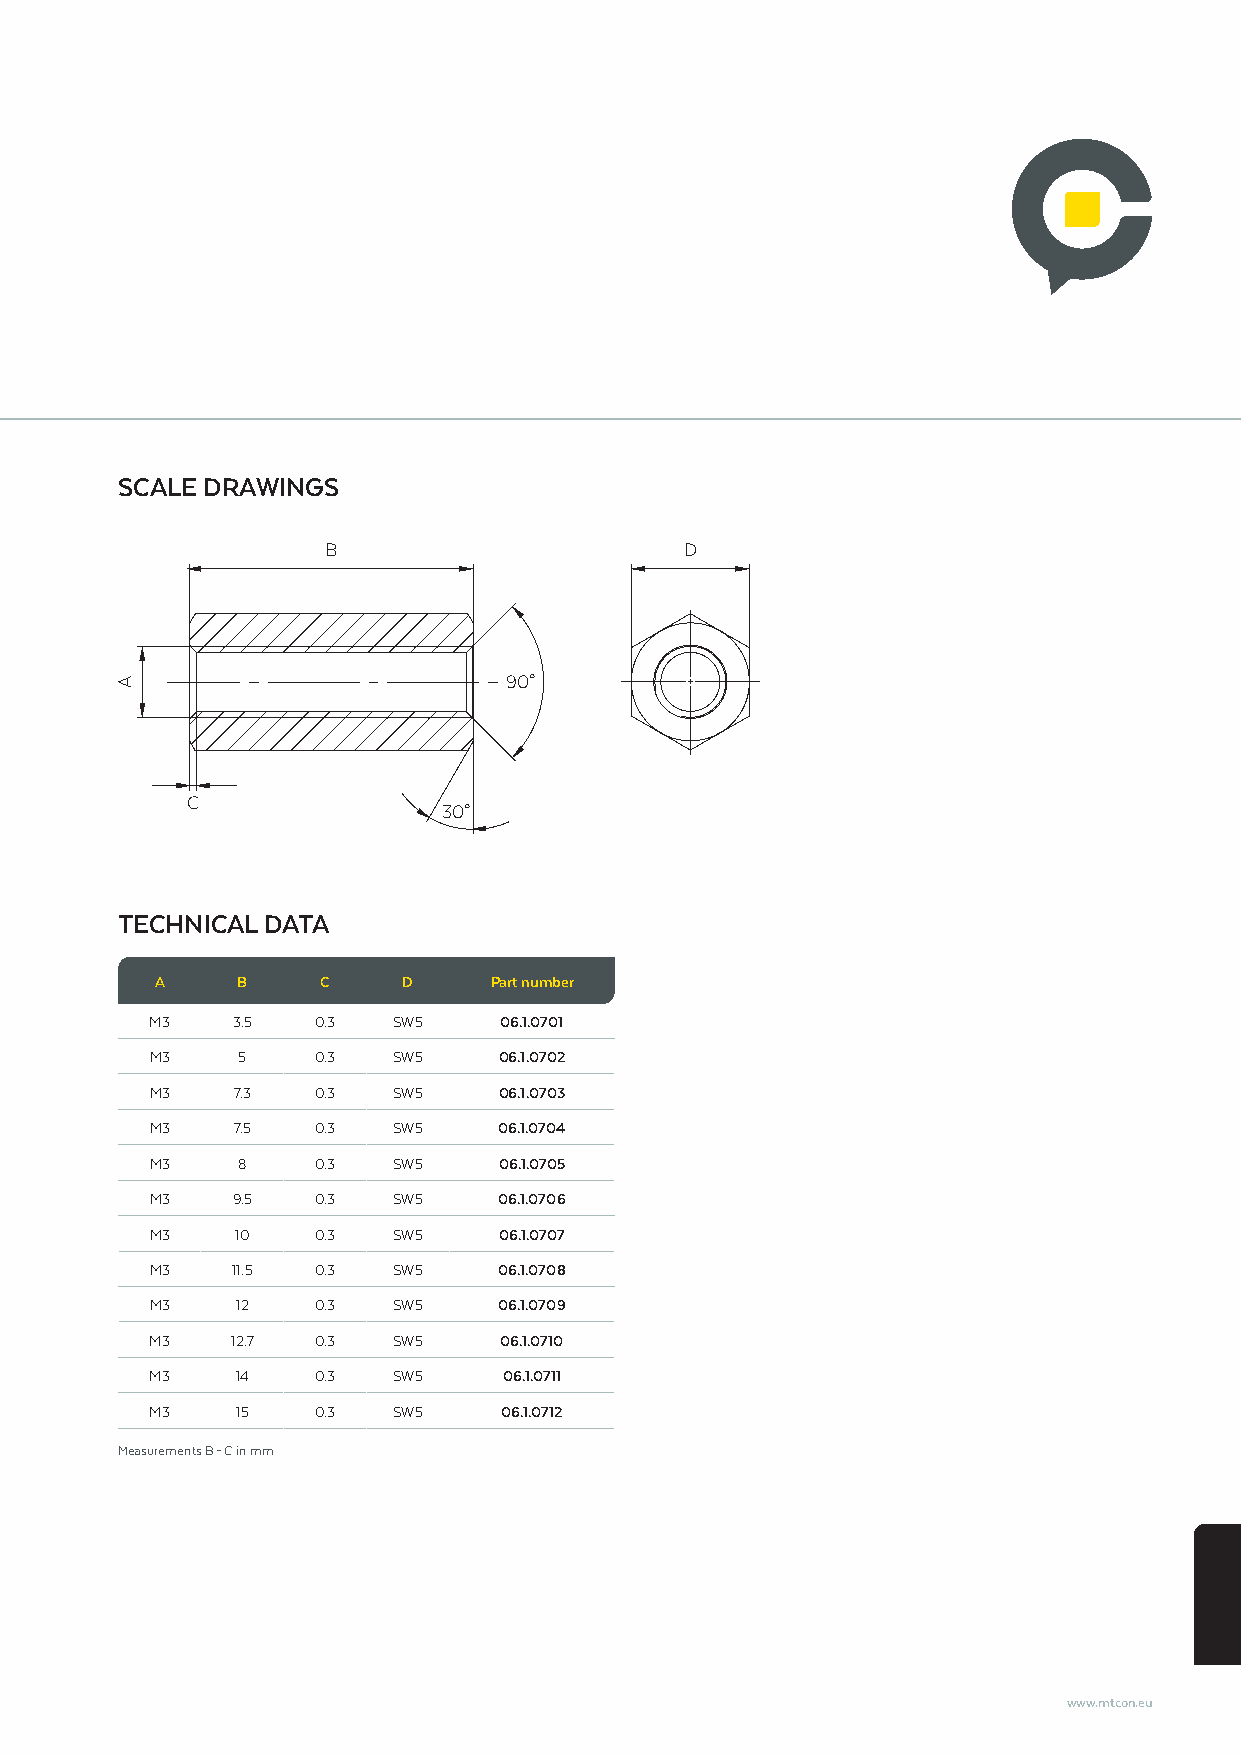
SCALE DRAWINGS
 B                      D
 90°
 C
 30°
 TECHNICAL DATA
 A     B    C     D    Part number
 M3   3.5   0.3  SW5    06.1.0701
 M3    5    0.3  SW5    06.1.0702
 M3   7.3   0.3  SW5    06.1.0703
 M3   7.5   0.3  SW5    06.1.0704
 M3    8    0.3  SW5    06.1.0705
 M3   9.5   0.3  SW5    06.1.0706
 M3    10   0.3  SW5    06.1.0707
 M3   11.5  0.3  SW5    06.1.0708
 M3    12   0.3  SW5    06.1.0709
 M3   12.7  0.3  SW5    06.1.0710
 M3    14   0.3  SW5    06.1.0711
 M3    15   0.3  SW5    06.1.0712
 Measurements B – C in mm
 www.mtcon.eu
 A